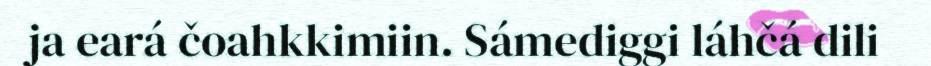
ja eará čoahkkimiin. Sámediggi láhčá dili